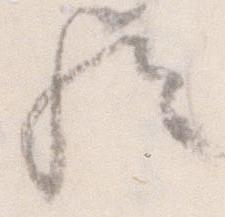
歟